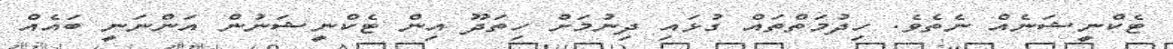
ޓެކްނީޝަނެއް ނެތެވެ. ހިދުމަތްތައް ގުޅައި ދިނުމަށް ހިތަދޫ އިން ޓެކްނީޝަނުން އަންނަނީ ބައެއް